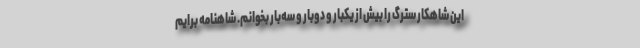
این شاهکار سترگ را بیش از یکبار و دوبار و سه‌بار بخوانم. شاهنامه برایم